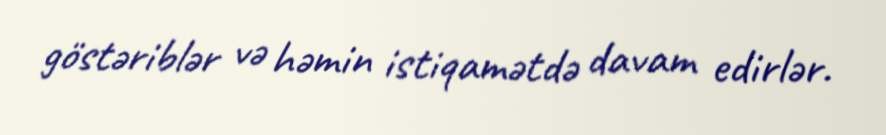
göstəriblər və həmin istiqamətdə davam edirlər.